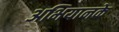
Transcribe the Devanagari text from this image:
अभियानके